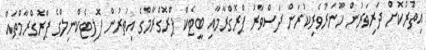
އިތުރުކޮށް ދަރިވަރުން ހުނަރުވެރިކުރަން ދަސްވާރު ޕްރޮގްރާމާއި ބީޓެކް ޕްރޮގްރާމްގެ އިތުރުން ޕޮލިޓެކްނިލްގެ ޕްރޮގްރާމްތައް